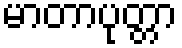
မာတာပုတ္တာ